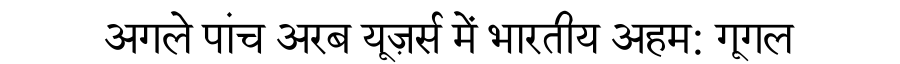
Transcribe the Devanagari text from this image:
अगले पांच अरब यूज़र्स में भारतीय अहम: गूगल